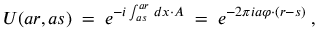
U ( a r , a s ) \; = \; e ^ { - i \int _ { a s } ^ { a r } \, d x \cdot A } \; = \; e ^ { - 2 \pi i a \varphi \cdot ( r - s ) } \; ,